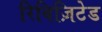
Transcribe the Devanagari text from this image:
रिविज़िटेड